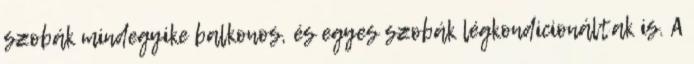
szobák mindegyike balkonos, és egyes szobák légkondicionáltak is. A